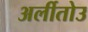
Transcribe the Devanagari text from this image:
अर्लीतोउ